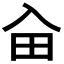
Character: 𠓦